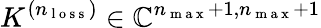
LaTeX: K^{(n_{\mathrm{~l~o~s~s~}})}\in\mathbb{C}^{n_{\mathrm{~m~a~x~}}+1,n_{\mathrm{~m~a~x~}}+1}